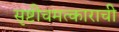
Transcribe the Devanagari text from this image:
सृष्टीचमत्काराची